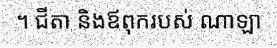
។ ជីតា និងឪពុករបស់ ណាឡា